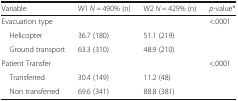
<table><thead><tr><td><b>Variable</b></td><td><b>W1 <i>N =</i> 490% (n)</b></td><td><b>W2 <i>N =</i> 429% (n)</b></td><td><b><i>p-</i>value*</b></td></tr></thead><tbody><tr><td>Evacuation type</td><td></td><td></td><td>&lt;.0001</td></tr><tr><td> Helicopter</td><td>36.7 (180)</td><td>51.1 (219)</td><td></td></tr><tr><td> Ground transport</td><td>63.3 (310)</td><td>48.9 (210)</td><td></td></tr><tr><td>Patient Transfer</td><td></td><td></td><td>&lt;.0001</td></tr><tr><td> Transferred</td><td>30.4 (149)</td><td>11.2 (48)</td><td></td></tr><tr><td> Non transferred</td><td>69.6 (341)</td><td>88.8 (381)</td><td></td></tr></tbody></table>